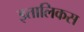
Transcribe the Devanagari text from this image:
इतालिकस